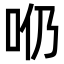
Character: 𠯹